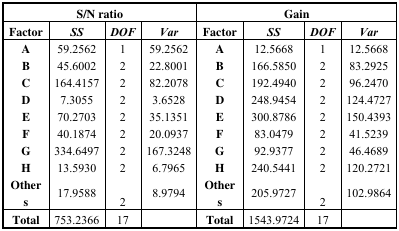
<table><thead><tr><td colspan="4"><b>S/N ratio</b></td><td colspan="4"><b>Gain</b></td></tr><tr><td><b>Factor</b></td><td><b><i>SS</i></b></td><td><b><i>DOF</i></b></td><td><b><i>Var</i></b></td><td><b>Factor</b></td><td><b><i>SS</i></b></td><td><b><i>DOF</i></b></td><td><b><i>Var</i></b></td></tr></thead><tbody><tr><td><b>A</b></td><td>59.2562</td><td>1</td><td>59.2562</td><td><b>A</b></td><td>12.5668</td><td>1</td><td>12.5668</td></tr><tr><td><b>B</b></td><td>45.6002</td><td>2</td><td>22.8001</td><td><b>B</b></td><td>166.5850</td><td>2</td><td>83.2925</td></tr><tr><td><b>C</b></td><td>164.4157</td><td>2</td><td>82.2078</td><td><b>C</b></td><td>192.4940</td><td>2</td><td>96.2470</td></tr><tr><td><b>D</b></td><td>7.3055</td><td>2</td><td>3.6528</td><td><b>D</b></td><td>248.9454</td><td>2</td><td>124.4727</td></tr><tr><td><b>E</b></td><td>70.2703</td><td>2</td><td>35.1351</td><td><b>E</b></td><td>300.8786</td><td>2</td><td>150.4393</td></tr><tr><td><b>F</b></td><td>40.1874</td><td>2</td><td>20.0937</td><td><b>F</b></td><td>83.0479</td><td>2</td><td>41.5239</td></tr><tr><td><b>G</b></td><td>334.6497</td><td>2</td><td>167.3248</td><td><b>G</b></td><td>92.9377</td><td>2</td><td>46.4689</td></tr><tr><td><b>H</b></td><td>13.5930</td><td>2</td><td>6.7965</td><td><b>H</b></td><td>240.5441</td><td>2</td><td>120.2721</td></tr><tr><td><b>Others</b></td><td>17.9588</td><td>2</td><td>8.9794</td><td><b>Others</b></td><td>205.9727</td><td>2</td><td>102.9864</td></tr><tr><td><b>Total</b></td><td>753.2366</td><td>17</td><td></td><td><b>Total</b></td><td>1543.9724</td><td>17</td><td></td></tr></tbody></table>